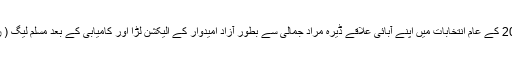
میر ظفراللہ جمالی نے 2013 کے عام انتخابات میں اپنے آبائی علاقے ڈیرہ مراد جمالی سے بطور آزاد امیدوار کے الیکشن لڑا اور کامیابی کے بعد مسلم لیگ ( ن ) میں شامل ہو گئے تھے۔